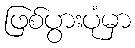
ဖြစ်ပွားပုံမှာ